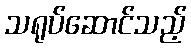
သရုပ်ဆောင်သည့်